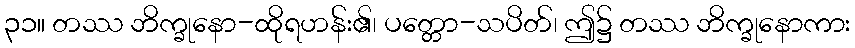
၃၁။ တဿ ဘိက္ခုနော-ထိုရဟန်း၏၊ ပတ္တော-သပိတ်၊ ဤ၌ တဿ ဘိက္ခုနောကား